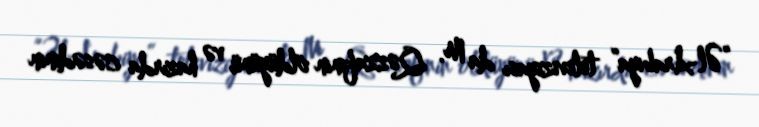
“Əl-Arabiya” televiziyası da M. Qəzzafinin öldüyünü və hazırda cəsədinin